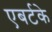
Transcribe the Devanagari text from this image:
एबर्टके